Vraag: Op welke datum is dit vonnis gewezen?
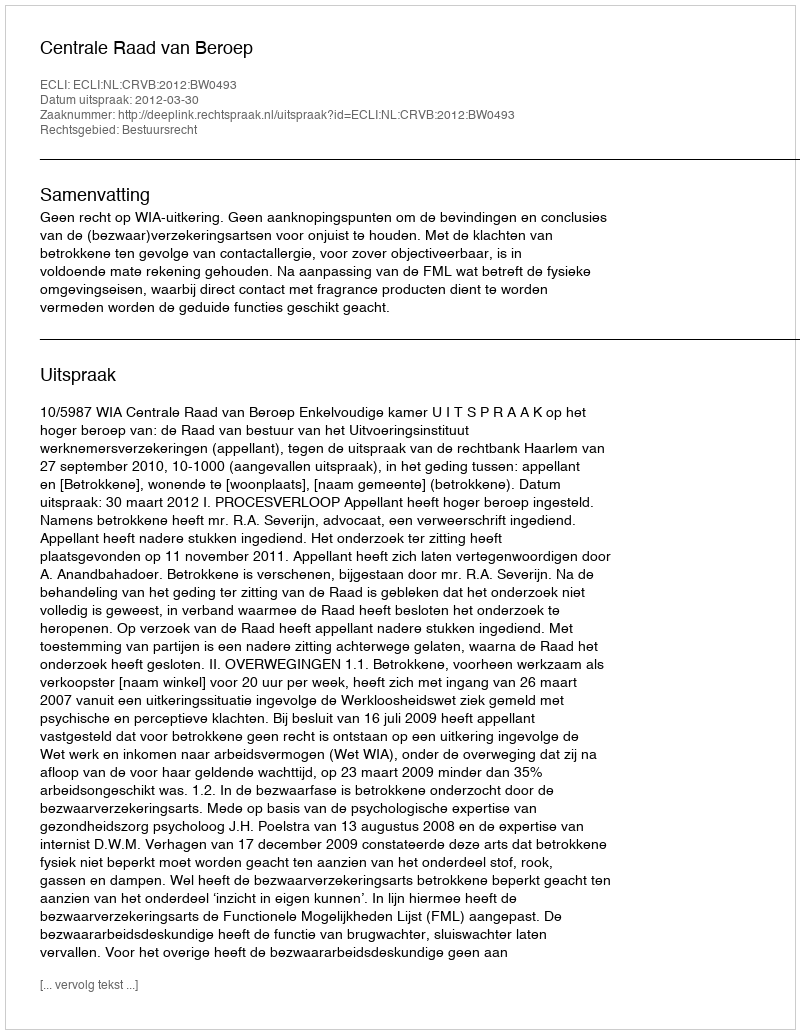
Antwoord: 2012-03-30